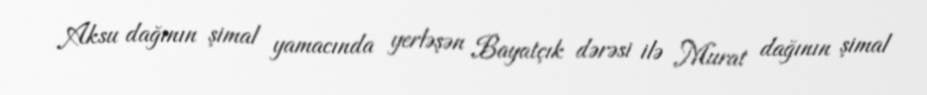
Aksu dağının şimal yamacında yerləşən Bayatçık dərəsi ilə Murat dağının şimal